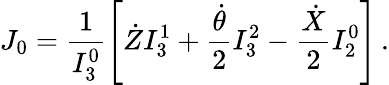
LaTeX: J_{0}=\frac{1}{I_{3}^{0}}\left[\dot{Z}I_{3}^{1}+\frac{\dot{\theta}}{2}I_{3}^{2}-\frac{\dot{X}}{2}I_{2}^{0}\right]\, .